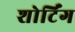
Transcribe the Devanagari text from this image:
शोर्टिंग